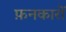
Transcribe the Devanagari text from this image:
फ़नकारों